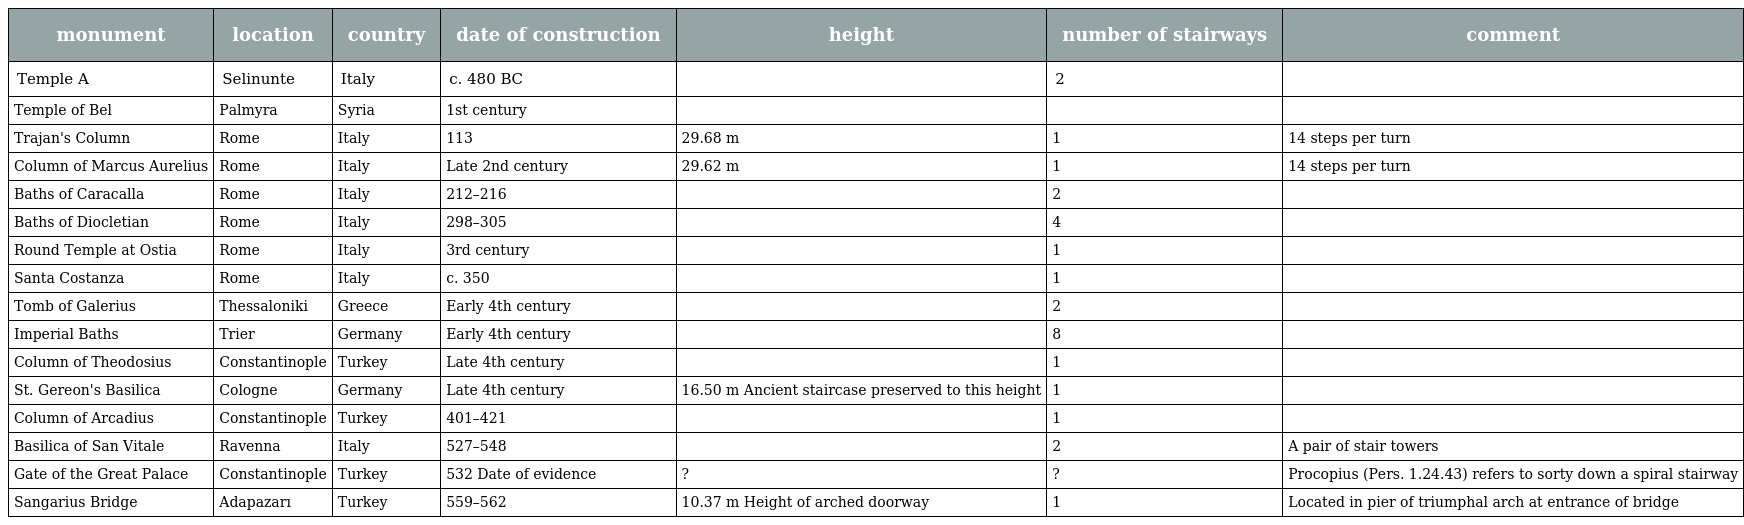
| monument | location | country | date of construction | height | number of stairways | comment |
 | --- | --- | --- | --- | --- | --- | --- |
 | Temple A | Selinunte | Italy | c. 480 BC |  | 2 |  |
 | Temple of Bel | Palmyra | Syria | 1st century |  |  |  |
 | Trajan's Column | Rome | Italy | 113 | 29.68 m | 1 | 14 steps per turn |
 | Column of Marcus Aurelius | Rome | Italy | Late 2nd century | 29.62 m | 1 | 14 steps per turn |
 | Baths of Caracalla | Rome | Italy | 212–216 |  | 2 |  |
 | Baths of Diocletian | Rome | Italy | 298–305 |  | 4 |  |
 | Round Temple at Ostia | Rome | Italy | 3rd century |  | 1 |  |
 | Santa Costanza | Rome | Italy | c. 350 |  | 1 |  |
 | Tomb of Galerius | Thessaloniki | Greece | Early 4th century |  | 2 |  |
 | Imperial Baths | Trier | Germany | Early 4th century |  | 8 |  |
 | Column of Theodosius | Constantinople | Turkey | Late 4th century |  | 1 |  |
 | St. Gereon's Basilica | Cologne | Germany | Late 4th century | 16.50 m Ancient staircase preserved to this height | 1 |  |
 | Column of Arcadius | Constantinople | Turkey | 401–421 |  | 1 |  |
 | Basilica of San Vitale | Ravenna | Italy | 527–548 |  | 2 | A pair of stair towers |
 | Gate of the Great Palace | Constantinople | Turkey | 532 Date of evidence | ? | ? | Procopius (Pers. 1.24.43) refers to sorty down a spiral stairway |
 | Sangarius Bridge | Adapazarı | Turkey | 559–562 | 10.37 m Height of arched doorway | 1 | Located in pier of triumphal arch at entrance of bridge |